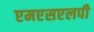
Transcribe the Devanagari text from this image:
एमएसएलपी